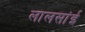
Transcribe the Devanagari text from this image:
लालसांई